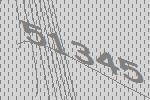
51345